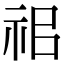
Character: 𥘰